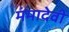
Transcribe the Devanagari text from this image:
मंमादेवी